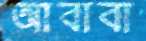
আবাবা